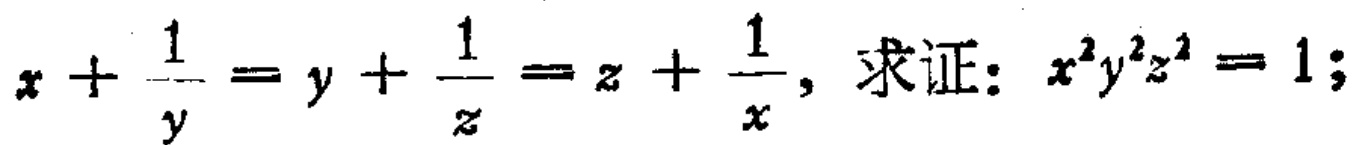
$x + \frac{1}{y} = y + \frac{1}{z} = z + \frac{1}{x}，求证：x^{2}y^{2}z^{2} = 1；$